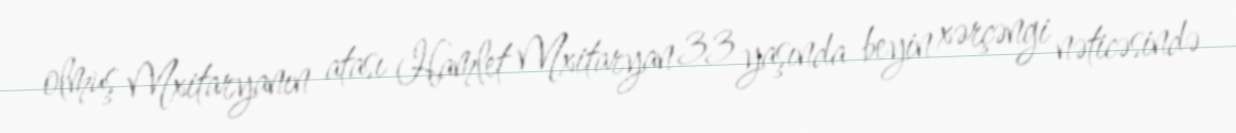
olmuş Mxitaryanın atası Hamlet Mxitaryan 33 yaşında beyin xərçəngi nəticəsində